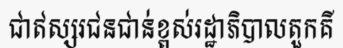
ជាឥស្សរជនជាន់ខ្ពស់រដ្ឋាភិបាលតួកគី